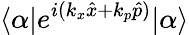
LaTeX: \langle\alpha|e^{i(k_{x}\hat{x}+k_{p}\hat{p})}|\alpha\rangle